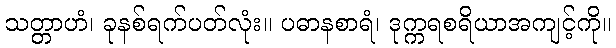
သတ္တာဟံ၊ ခုနစ်ရက်ပတ်လုံး။ ပဓာနစာရံ၊ ဒုက္ကရစရိယာအကျင့်ကို။